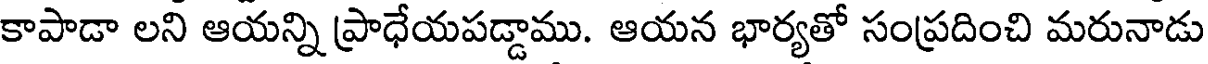
కాపాడా లని ఆయన్ని ప్రాధేయపడ్డాము. ఆయన భార్యతో సంప్రదించి మరునాడు